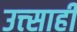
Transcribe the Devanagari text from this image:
उत्त्साही